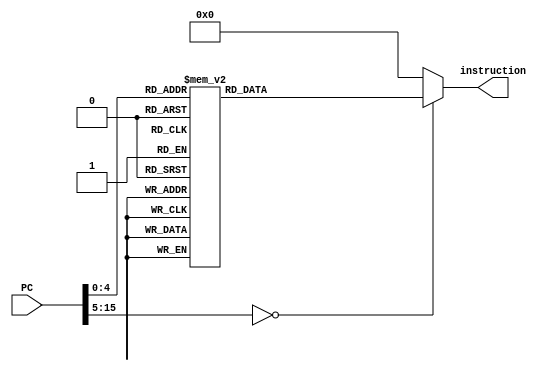
`timescale 1ns / 1ps

/**
 * Module: instruction_mem
 * 
 * The instruction memory model for the processor.
 * 
 */
module instruction_mem(
	input [15:0] PC,
	output reg [15:0] instruction
);

	always @(*) begin
		case(PC)
			// TEST PROGRAM FOR STEPS 1 &2
			// Corresponds to test1.asm
			/*
	0: instruction = 16'b0000000000000000;   //NOP
         2: instruction = 16'b0011000110010000;    // MOVIH $0, #0x90
         4: instruction = 16'b0011001110111110;    // MOVIH $1, 0xBE
         6: instruction = 16'b0011001011101111;   // MOVIL $1, #0xEF
         8: instruction = 16'b0111001000000000;  // ST $1, $0, #0
			*/
			// TEST PROGRAM FOR STEP 3
			// Corresponds to test2.asm
			/*
         0: instruction = 16'b0011010000000001;
         2: instruction = 16'b0011010101000000;
         4: instruction = 16'b0010010010000001;
         6: instruction = 16'b0011011000000101;
         8: instruction = 16'b0011011110000000;
         10: instruction = 16'b0001100010011000;
         12: instruction = 16'b0001100100100001;
         14: instruction = 16'b0010011011000010;
         16: instruction = 16'b0010011011000010;
         18: instruction = 16'b0001101100010010;
         20: instruction = 16'b0001101011100011;
         22: instruction = 16'b0011110110101010;
         24: instruction = 16'b0011110010111011;
         26: instruction = 16'b0001111101110100;
         28: instruction = 16'b0001111111010101;
         30: instruction = 16'b0001111111101110;
         32: instruction = 16'b0010111111000000;
         34: instruction = 16'b0010110111000011;
         36: instruction = 16'b0001100110111111;
         38: instruction = 16'b0101100100110001;
         40: instruction = 16'b0100011011110101;
         42: instruction = 16'b0001001100011110;
         44: instruction = 16'b0011000110010000;
         46: instruction = 16'b0011000000000000;
         48: instruction = 16'b0111001000000000;
			*/
			
			// FINAL TEST PROGRAM
			// Corresponds to test3.asm
			
//         0: instruction = 16'b0011000110000000;
//         2: instruction = 16'b0011100000000001;
//         4: instruction = 16'b0001010011100000;
//         6: instruction = 16'b1011000000011010;
//         8: instruction = 16'b0010100011000011;
//         10: instruction = 16'b0010011010000011;
//         12: instruction = 16'b0011101110010000;
//         14: instruction = 16'b0111010101000000;
//         16: instruction = 16'b0011101111110000;
//         18: instruction = 16'b0110110101000000;
//         20: instruction = 16'b0100110110000001;
//         22: instruction = 16'b0110001000000000;
//         24: instruction = 16'b0111001000000000;
//         26: instruction = 16'b0110111101000000;
//         28: instruction = 16'b1010111110111000;
//         30: instruction = 16'b1001111110100100;
//         32: instruction = 16'b0000000000000000;
//         34: instruction = 16'b0011101110010000;
//         36: instruction = 16'b0011101000000010;
//         38: instruction = 16'b0011000000000001;
//         40: instruction = 16'b0111000101000000;
        
        // Step 5 Test - 4 Bit Multiplier
        
         0: instruction = 16'b0011000110000000;
        2: instruction = 16'b0110001000000000;
        4: instruction = 16'b0011100000001111;
        6: instruction = 16'b0001010001100100;
        8: instruction = 16'b0010011001000010;
        10: instruction = 16'b0010011011000010;
        12: instruction = 16'b0010011011000010;
        14: instruction = 16'b0010011011000010;
        16: instruction = 16'b0001011011100100;
        18: instruction = 16'b0001101010101000;
        20: instruction = 16'b0100110110000001;
        22: instruction = 16'b1010110011111010;
        24: instruction = 16'b0001101101010010;
        26: instruction = 16'b0011111110010000;
        28: instruction = 16'b0111101111000000;
        30: instruction = 16'b1000010010111110;
        
			default: instruction = 16'h0;
		endcase
	end

endmodule